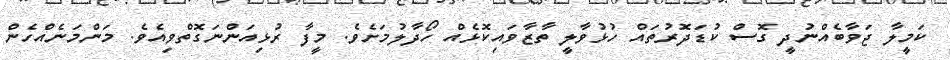
ކަމީލާ ޖަވާބެއްނުދީ ގޮސް ކުޑަދޮރުތައް ހުޅުވާލީ ތާޒާވައިކޮޅެއް ހޯދާލުމަށެވެ. މީފާ ރުޅިއަންނަގޮތްވިއެވެ. މަންމަނެއްހެން